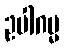
ဥပါဂမ္မ